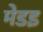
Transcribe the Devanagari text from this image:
मेडइ